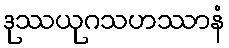
ဒုဿယုဂသဟဿာနံ